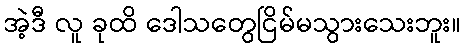
အဲ့ဒီ လူ ခုထိ ဒေါသတွေငြိမ်မသွားသေးဘူး။